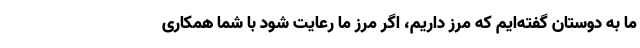
ما به دوستان گفته‌ایم که مرز داریم، اگر مرز ما رعایت شود با شما همکاری